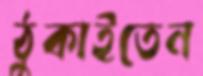
ঠুকাইতেন